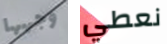
وجهها نعطي